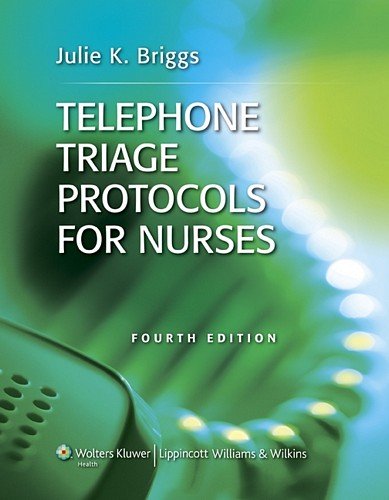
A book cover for Telephone Triage Protocols for Nurses; Julie K Briggs RN  BSN  MHA; Medical Books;